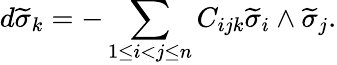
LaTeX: d\widetilde{\sigma}_{k}=-\sum_{1\leq i<j\leq n}C_{ijk}\widetilde{\sigma}_{i}\wedge\widetilde{\sigma}_{j}.